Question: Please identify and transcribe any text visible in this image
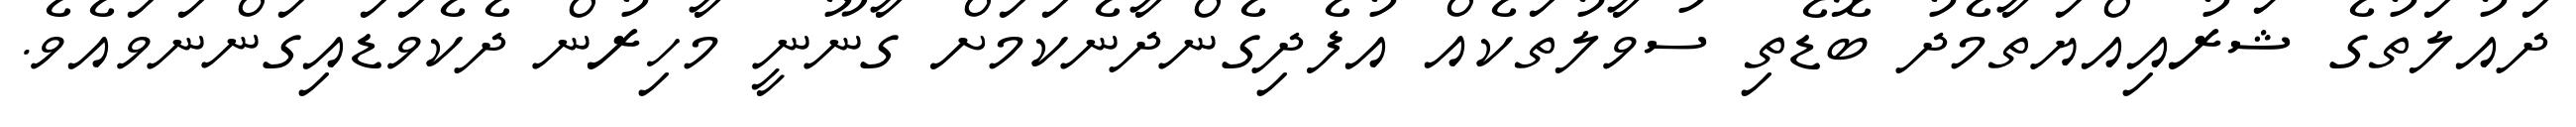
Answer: ދައުލަތުގެ ޝަރުއިއްޔަތާމެދު ބޮޑެތި ސުވާލުތަކެއް އުފެދިގެންދާނެކަމަށް ގާނޫނީ މާހިރުން ދެކެވަޑައިގަންނަވައެވެ.